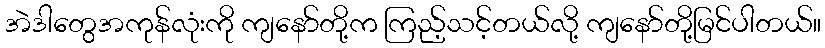
အဲဒါတွေအကုန်လုံးကို ကျနော်တို့က ကြည့်သင့်တယ်လို့ ကျနော်တို့မြင်ပါတယ်။